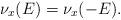
LaTeX: \begin{align*}\nu_x(E)=\nu_x(-E).\end{align*}